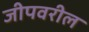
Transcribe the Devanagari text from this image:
जीपवरील